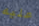
عليه